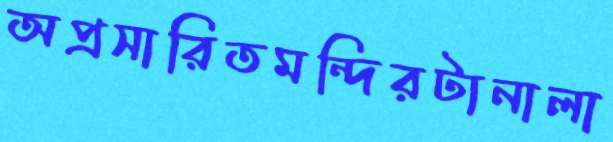
অপ্রসারিতমন্দিরটানালা